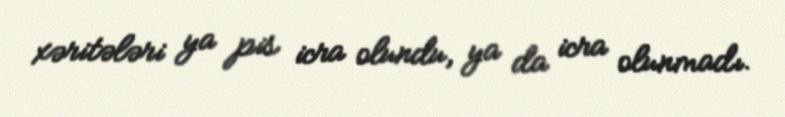
xəritələri ya pis icra olundu, ya da icra olunmadı.